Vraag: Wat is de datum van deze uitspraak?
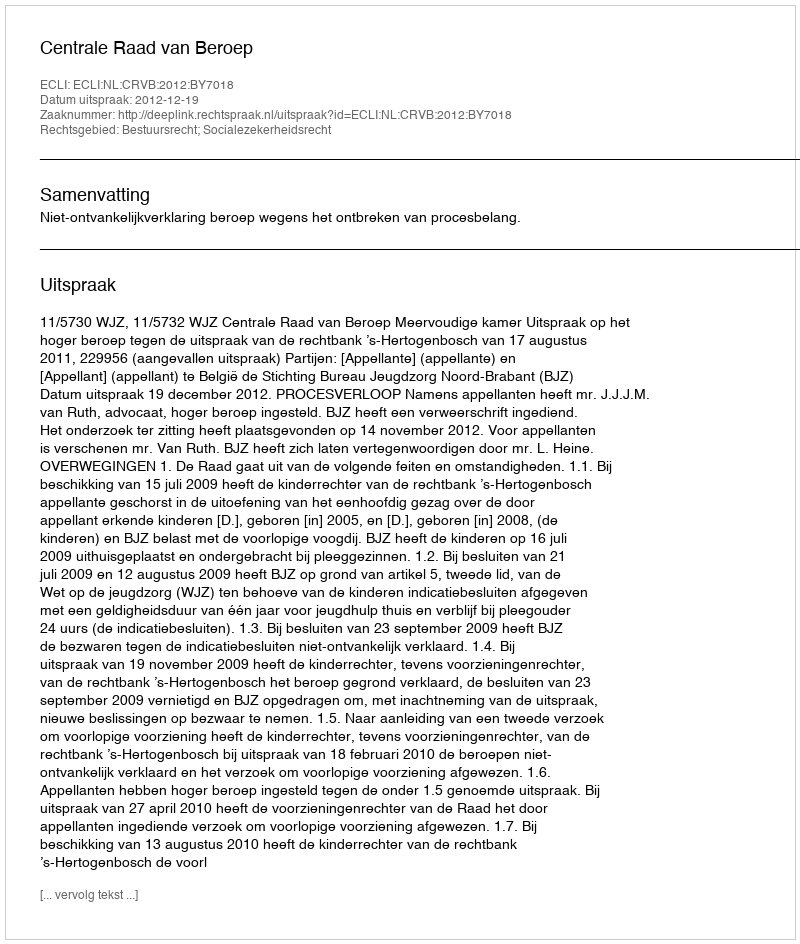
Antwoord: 2012-12-19